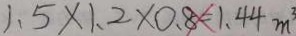
1 . 5 \times 1 . 2 \times 0 . 8 = 1 . 4 4 m ^ { 3 }